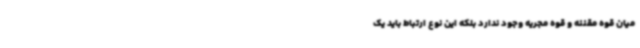
میان قوه مقننه و قوه مجریه وجود ندارد بلکه این نوع ارتباط باید یک